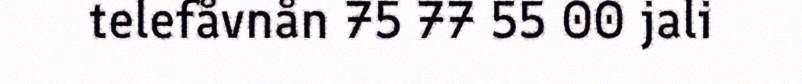
telefåvnån 75 77 55 00 jali